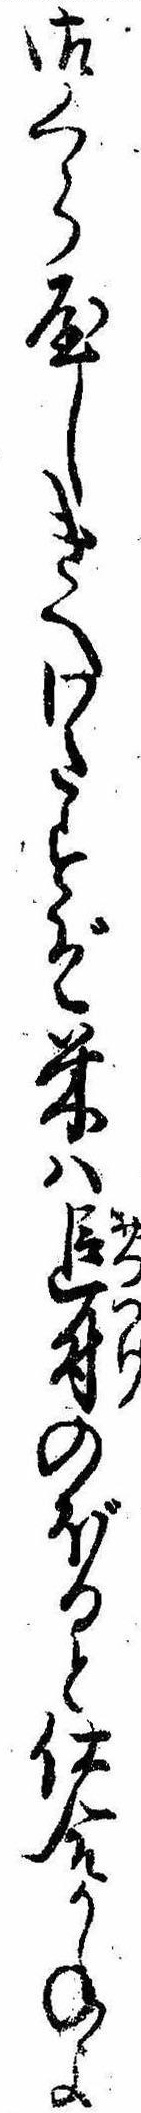
御くら屋しきへわたすぞ米は追付のぼると仕合かねよ